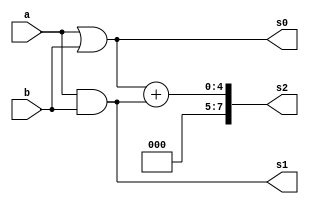
// ------------------------- 
// Exemplo0031 -  AND/OR gate (simultaneamente)
// Nome: Guilherme Rodrigues Melo de Oliveira 
// ------------------------- 
// ------------------------- 
// AND/OR gate (simultaneamente)
// ------------------------- 
module f4 (output [3:0] s0,
output [3:0] s1,
output [7:0] s2, 
input [3:0] a, 
input [3:0] b); 
// descrever por portas 
assign s0 = (a | b);
assign s1 = (a & b);
assign s2 = s0 + s1;
endmodule // f4 
module test_f4; 
// ------------------------- definir dados 
reg [3:0] x; 
reg [3:0] y; 
wire [3:0] z;
wire [3:0] w;
wire [7:0] q; 
f4 modulo (z, w , q , x, y); 
// ------------------------- parte principal 
initial begin 
$display("Exemplo0031 - Guilherme Rodrigues Melo de Oliveira - 427409 ");  
$display("Test LU's module"); 
x = 4'b1101; y = 4'b1010; 
// projetar testes do modulo 
#1 $display("%3b %3b %3b %3b %7b",x,y,z,w,q); 
end 
endmodule // test_f4